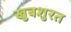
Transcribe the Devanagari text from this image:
खुबशुरत